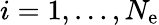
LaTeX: i=1,\ldots,N_{\mathrm{e}}